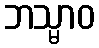
ဘသ္မာဝ